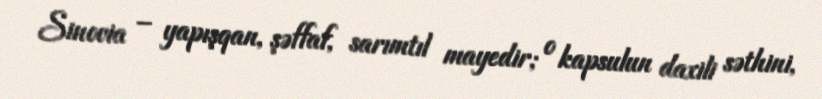
Sinovia – yapışqan, şəffaf, sarımtıl mayedir; o kapsulun daxili səthini,